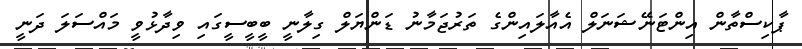
ޕާކިސްތާން އިންޓަނޭޝަނަލް އެއާލައިންގެ ތަރުޖަމާނު ޑަންޔަލް ގިލާނީ ބީބީސީގައި ވިދާޅުވީ މައްސަލަ ދަނީ